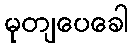
မုတျပေခေါ